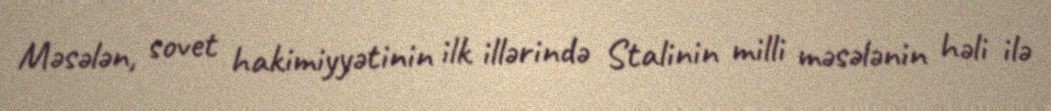
Məsələn, sovet hakimiyyətinin ilk illərində Stalinin milli məsələnin həli ilə